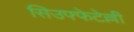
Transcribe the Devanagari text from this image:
सिउफ्फेटेल्ली